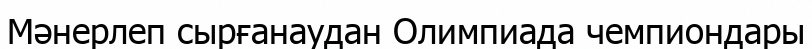
Мәнерлеп сырғанаудан Олимпиада чемпиондары